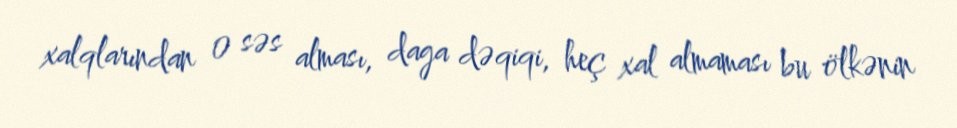
xalqlarından 0 səs alması, daga dəqiqi, heç xal almaması bu ölkənin